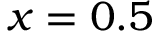
x = 0 . 5